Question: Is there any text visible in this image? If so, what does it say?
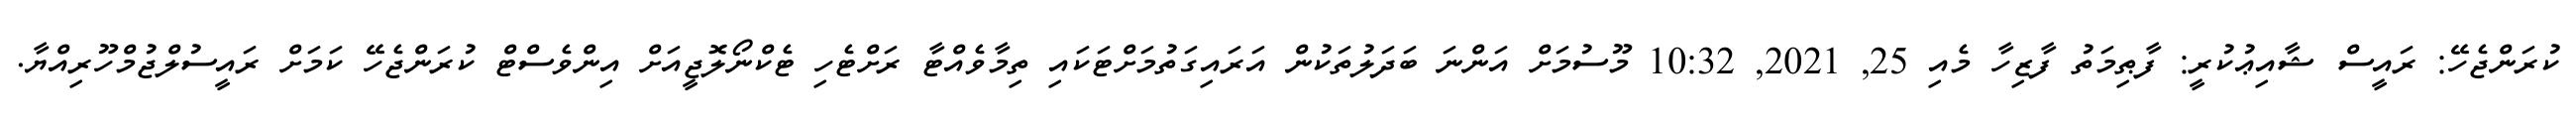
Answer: ކުރަންޖެހޭ: ރައީސް ޝާއިޢުކުރީ: ފާޠިމަތު ފާޒިހާ މެއި 25, 2021, 10:32 މޫސުމަށް އަންނަ ބަދަލުތަކުން އަރައިގަތުމަށްޓަކައި ތިމާވެއްޓާ ރަށްޓެހި ޓެކްނޯލޮޖީއަށް އިންވެސްޓް ކުރަންޖެހޭ ކަމަށް ރައީސުލްޖުމްހޫރިއްޔާ.